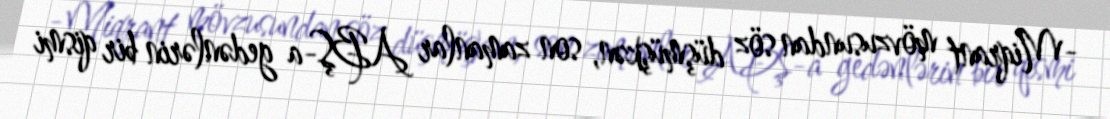
-Miqrant mövzusundan söz düşmüşkən, son zamanlar ABŞ-a gedənlərin bir qismi